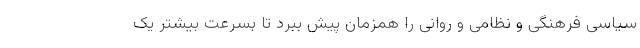
سیاسی فرهنگی و نظامی و روانی را همزمان پیش ببرد تا بسرعت بیشتر یک